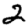
Digit: 2